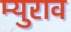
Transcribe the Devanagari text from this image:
म्युराव